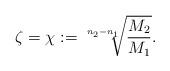
LaTeX: \begin{align*} \zeta=\chi:=\sqrt[n_{2}-n_{1}]{\frac{M_{2}}{M_{1}}}.\end{align*}